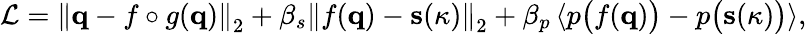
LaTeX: \mathcal{L}=\left\| \mathbf{q}-f\circ g(\mathbf{q})\right\| _{2}+\beta_{s}\left\| f(\mathbf{q})-\mathbf{s}(\kappa)\right\| _{2}+\beta_{p}\left\langle p\big(f(\mathbf{q})\big)-p\big(\mathbf{s}(\kappa)\big)\right\rangle\mathrm{,}